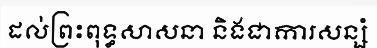
ដល់ព្រះពុទ្ធសាសនា និងជាការសន្សំ